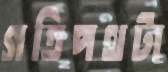
গতিপথটা